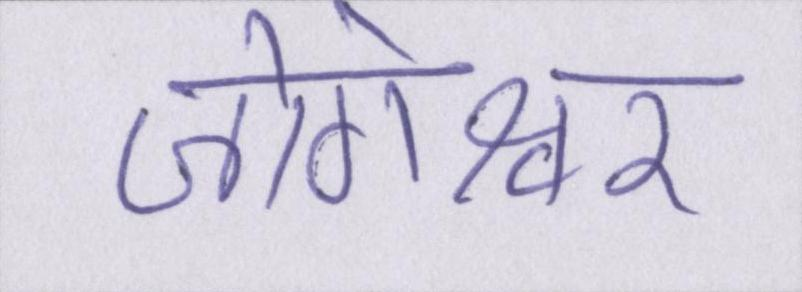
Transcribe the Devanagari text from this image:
जोगेश्वर